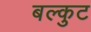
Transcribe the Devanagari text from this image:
बल्कुट